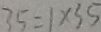
3 5 = 1 \times 3 5